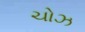
ચોઝ